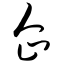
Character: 企